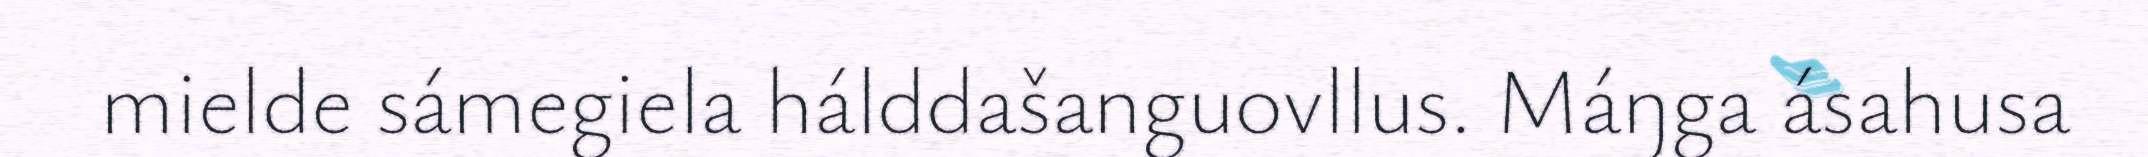
mielde sámegiela hálddašanguovllus. Máŋga ásahusa